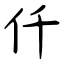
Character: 仟